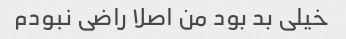
خیلی بد بود من اصلا راضی نبودم